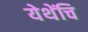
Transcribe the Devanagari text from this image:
येथेंचि